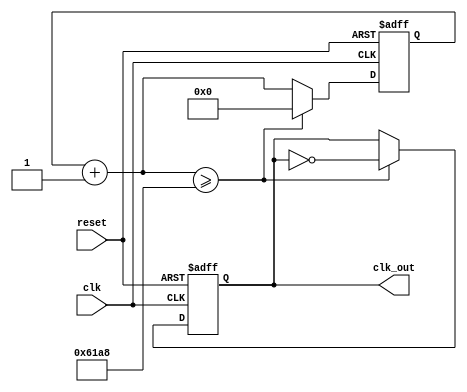
module led_clk(clk, reset, clk_out);
   //inputs
   input      clk, reset;
   
   //outputs
   output reg clk_out;
   
   //counter variable
   reg [15:0] count;
   
   initial begin
   count = 0;
   end
  
   always @(posedge clk, posedge reset)
      //if reset then reset count and clock
      if(reset) begin
         count = 0;
         clk_out = 0;
      end else begin
      //increment count
         count = (count + 1);
         //set output clock to opposite if count is greater than or equal 
			//to 25000
         if(count >= 25000) begin
            count = 0;
            clk_out = ~clk_out;
         end 
      end

endmodule